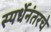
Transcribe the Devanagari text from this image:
स्पर्धेनंतरचे